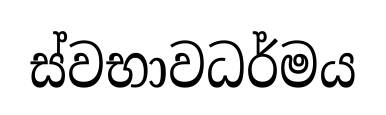
ස්වභාවධර්මය